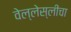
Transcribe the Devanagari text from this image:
वेल्लेस्लीचा